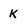
Character: k